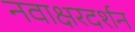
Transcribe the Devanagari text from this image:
नवाक्षरदर्शन